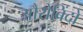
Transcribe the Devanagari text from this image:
औरोबिंदो